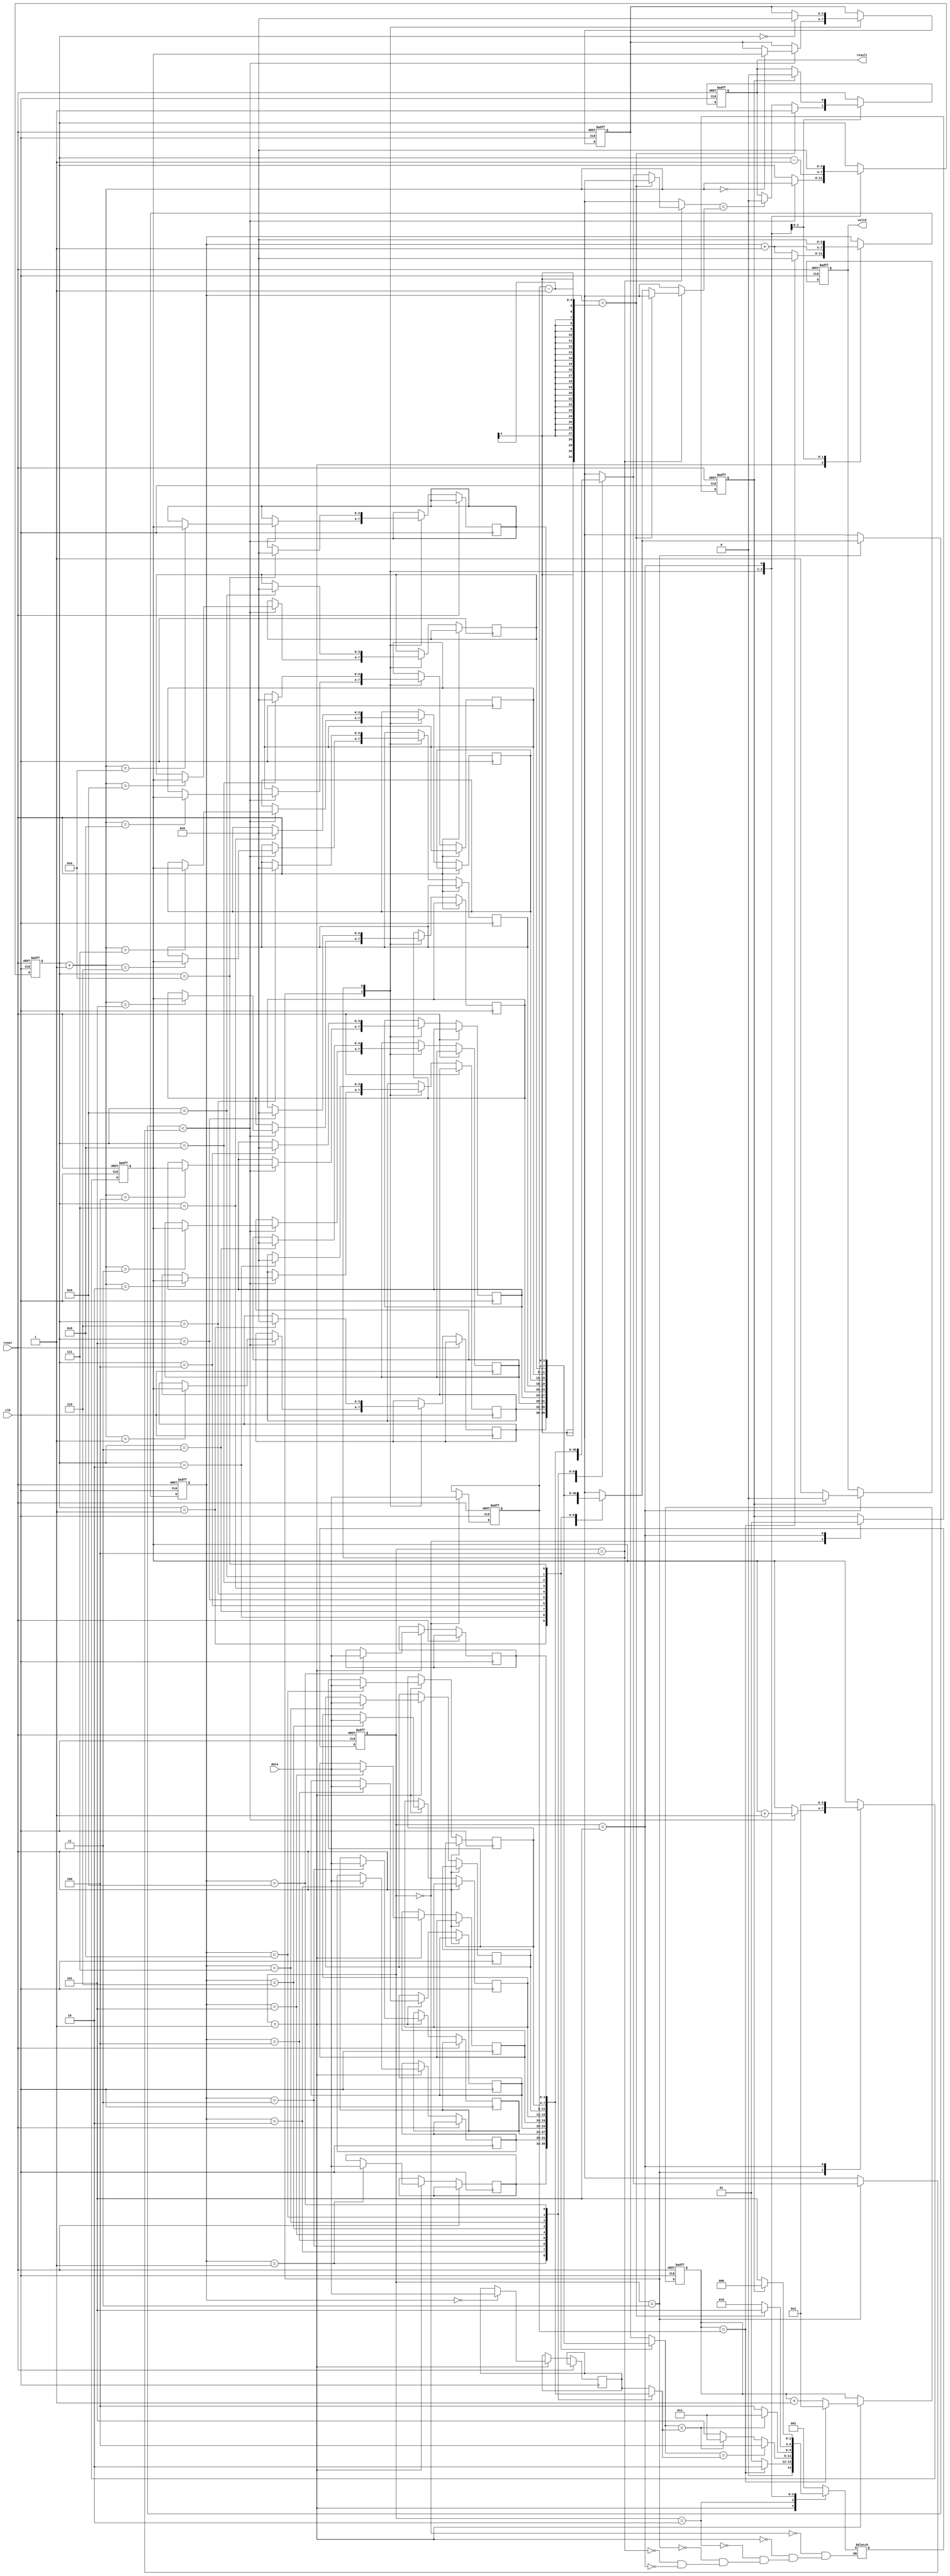
module rails(clk, reset, data, valid, result);

input        clk;
input        reset;
input  [3:0] data;
output reg   valid;
output reg   result; 

localparam INIT = 0,
           LOAD_SEQ = 1,
           READ_NUM = 2,
           PUSH = 3,
           POP = 4,
           DONE = 5;

reg [2:0] current_state, next_state;
reg [3:0] stack[10:0];
reg [3:0] train_seq[9:0];
reg [3:0] train_wait_num, train_cnt, counter, train_index, pointer;
reg       next_data_req;

always@(posedge clk or posedge reset) begin
    if(reset)
        current_state <= INIT;
    else
        current_state <= next_state;
end

always@(*) begin
    case(current_state)
        INIT : next_state = LOAD_SEQ;
        LOAD_SEQ : next_state = (counter == train_cnt) ? READ_NUM : LOAD_SEQ;
        READ_NUM : begin
            if(stack[pointer] == train_seq[train_index])
                next_state = POP;
            else if(stack[pointer] < train_seq[train_index])
                next_state = PUSH;
            else 
                next_state = DONE;
        end
        PUSH : next_state <= (stack[pointer] < train_seq[train_index]) ? PUSH : POP;
        POP : next_state <= (train_index == train_cnt-1) ? DONE : READ_NUM;
        DONE : next_state <= next_data_req ? INIT : DONE;
    endcase
end

always@(posedge clk or posedge reset) begin
    if(reset) begin
        train_wait_num <= 1;
        train_cnt <= 0;
        train_index <= 0;
        pointer <= 0;
        counter <= 1;
        stack[0] <= 0;
        next_data_req <= 0;
        valid <= 0;
        result <= 0;
    end
    else begin
        case(current_state)
            INIT : begin
                train_cnt <= data;
                next_data_req <= 0;
            end

            LOAD_SEQ : begin
                train_seq[train_index] <= data;
                if(counter == train_cnt) begin
                    counter <= 1;
                    train_index <= 0;
                end
                else begin
                    counter <= counter + 1;
                    train_index <= train_index + 1;
                end
            end
            
            PUSH : begin
                if(stack[pointer] < train_seq[train_index]) begin
                    stack[pointer+1] <= train_wait_num;
                    train_wait_num <= train_wait_num + 1;
                    pointer <= pointer + 1;
                end
            end
        
            POP : begin
                stack[pointer] <= 0;
                pointer <= pointer - 1;
                train_index <= train_index + 1;
                if(train_index == train_cnt-1) begin
                    result <= 1;
                end
                else if(train_seq[train_index] < stack[pointer])
                    result <= 0;
            end

            DONE : begin
                if(!next_data_req) begin
                    valid <= 1;
                    next_data_req <= 1;
                end
                else begin
                    valid <= 0;
                    result <= 0;
                end
                pointer <= 0;
                train_index <= 0;
                train_wait_num <= 1;
            end

        endcase
    end
end


endmodule


/*
------------
    l10        stack[10]
------------
    l9
------------
    l8
------------
    l7
------------
    l6
------------
    l5
------------
    l4         
------------
    l3          
------------
    l2          stack[2]
------------
    l1          stack[1]
------------
    base        stack[0] <--  pointer
------------
*/